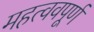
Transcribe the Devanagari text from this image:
महत्ववपूर्ण